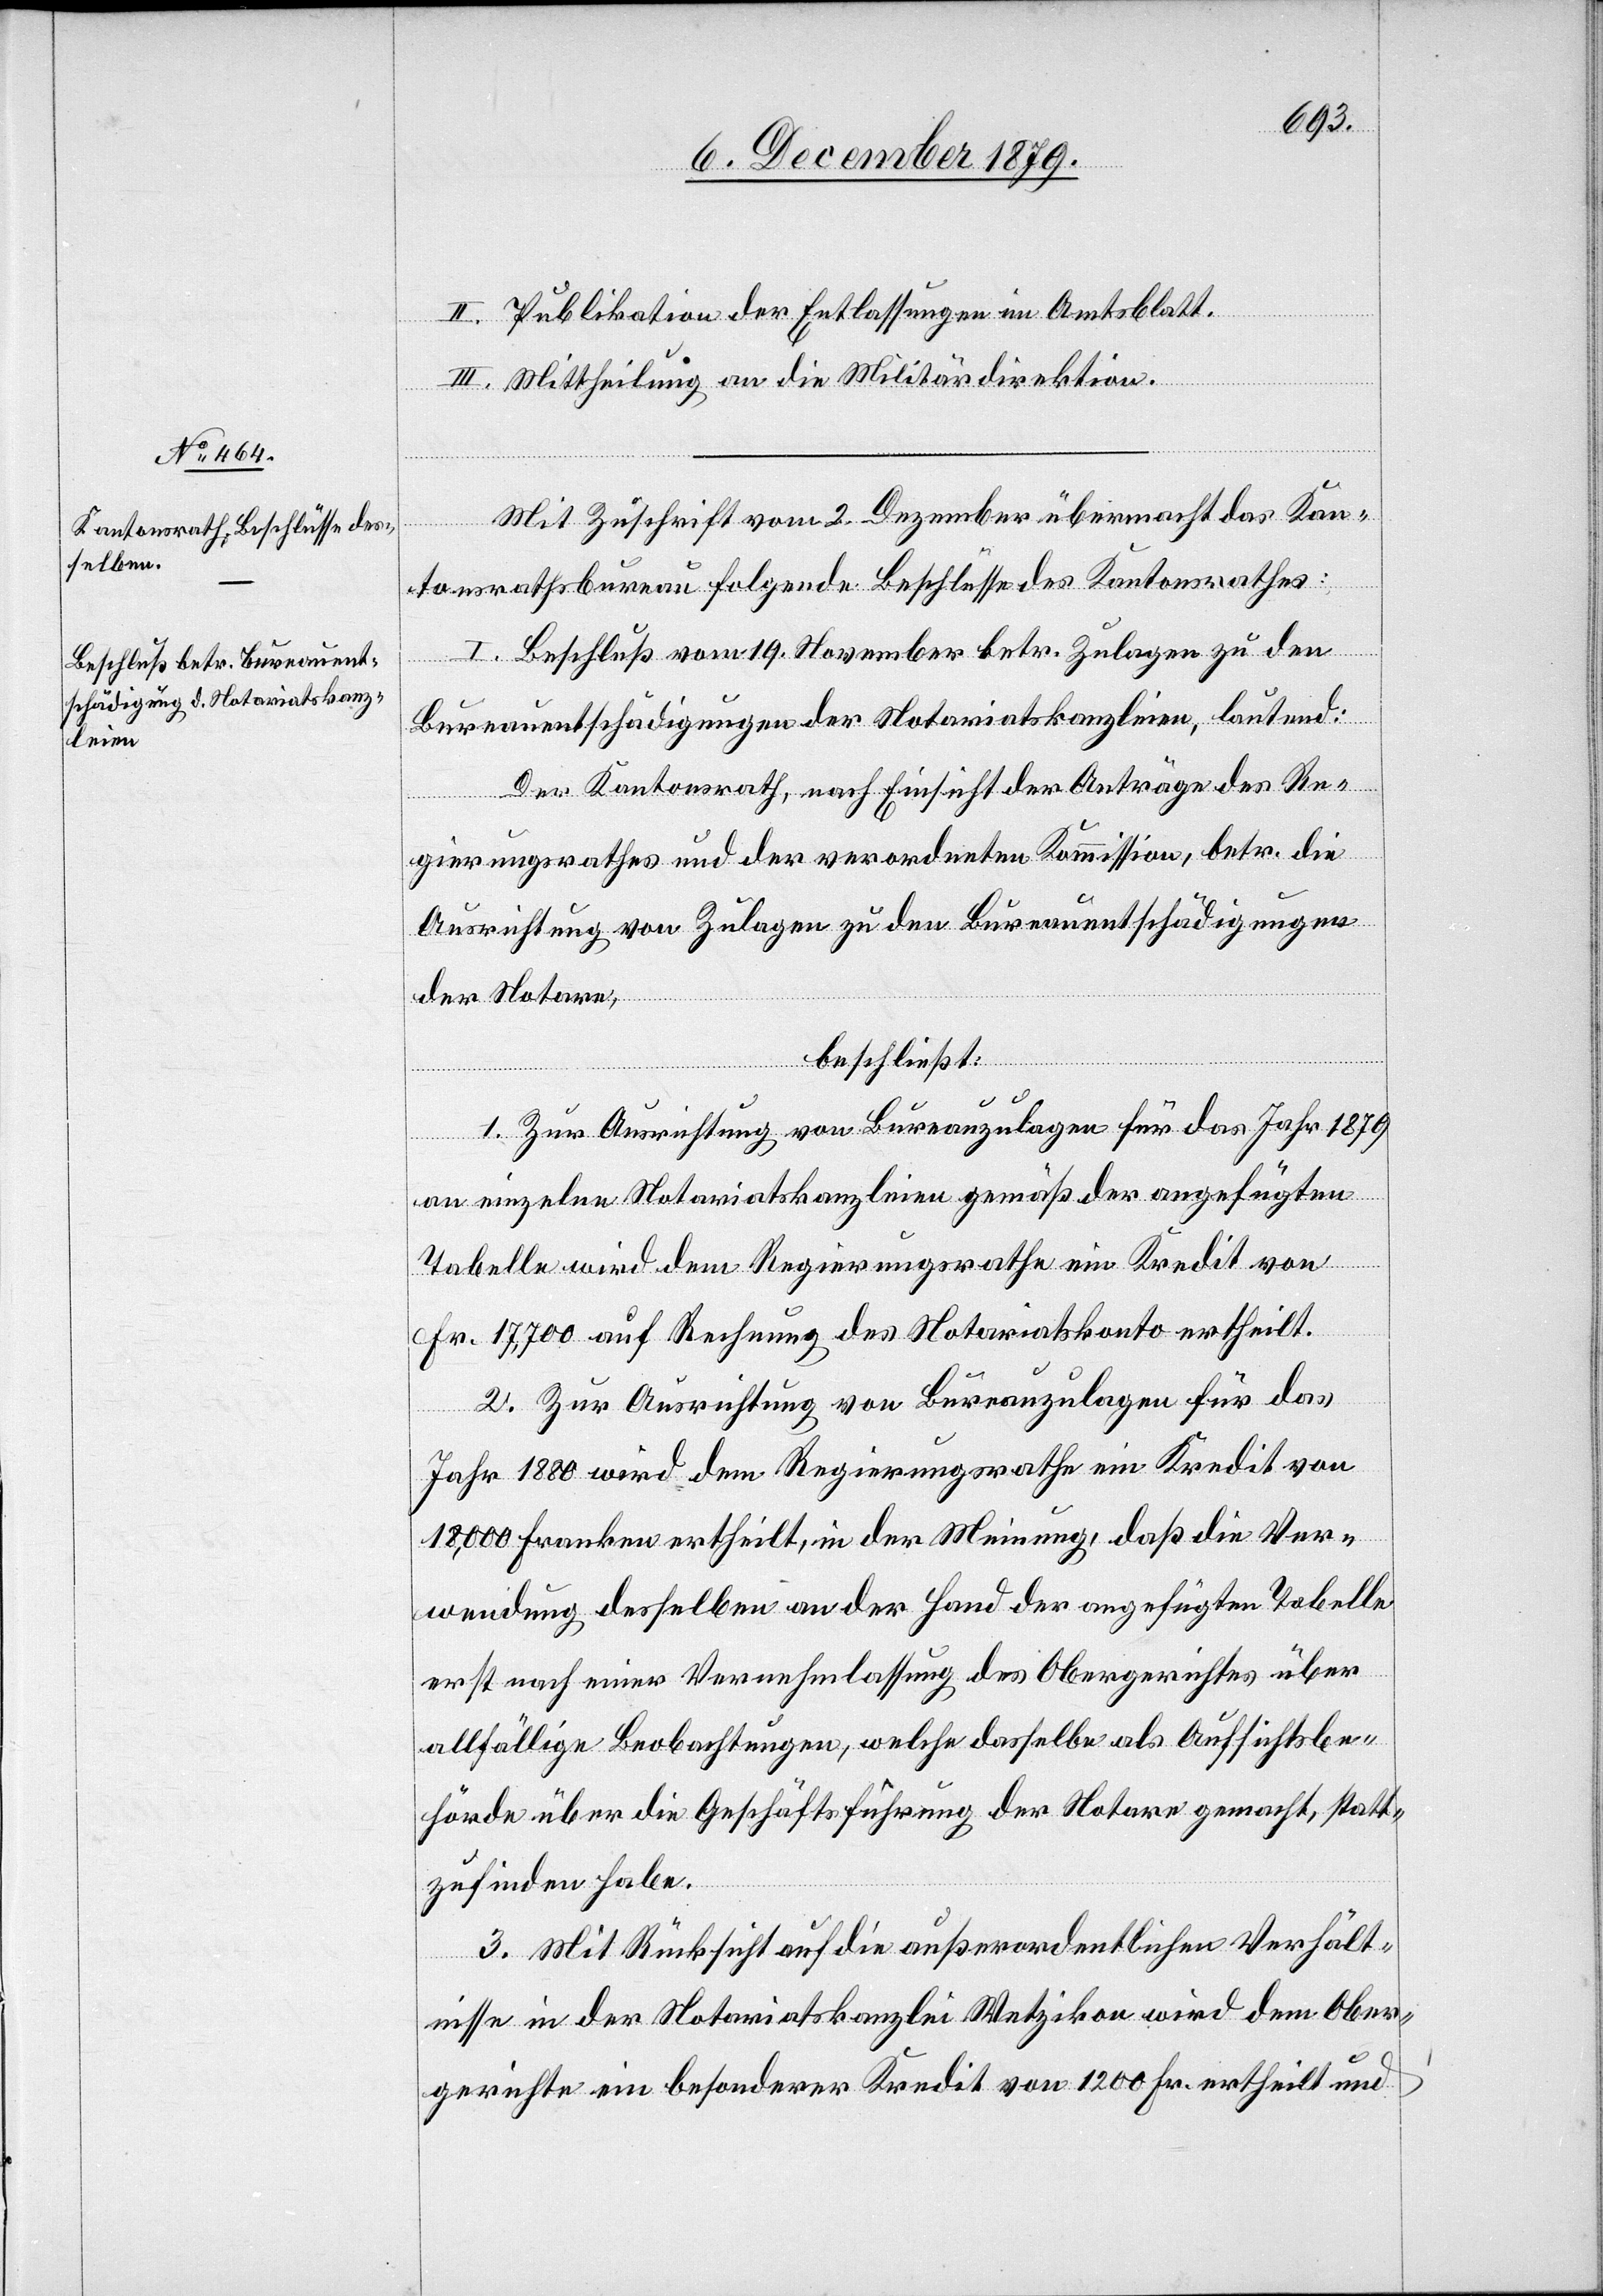
II. Publikation der Entlassungen im Amtsblatt.
III. Mittheilung an die Militärdirektion.
Mit Zuschrift vom 2. Dezember übermacht das Kan¬
tonsrathsbureau folgende Beschlüsse des Kantonsrathes:
I. Beschluß vom 19. November betr. Zulagen zu den
Bureauentschädigungen der Notariatskanzleien, lautend:
Der Kantonsrath, nach Einsicht der Anträge des Re¬
gierungsrathes und der verordneten Kommission, betr. die
Ausrichtung von Zulagen zu den Bureauentschädigungen
der Notare:
beschließt:
1. Zur Ausrichtung von Bureauauslagen für das Jahr 1879
an einzelne Notariatskanzleien gemäß der angefügten
Tabelle wird dem Regierungsrathe ein Kredit von
Fr. 17,700 auf Rechnung des Notariatskonto ertheilt.
2. Zur Ausrichtung von Bureauzulagen für das
Jahr 1880 wird dem Regierungsrathe ein Kredit von
18,000 Franken ertheilt, in der Meinung, daß die Ver¬
wendung desselben an der Hand der angefügten Tabelle
erst nach einer Vernehmlassung des Obergerichtes über
allfällige Beobachtungen, welche dasselbe als Aufsichtsbe¬
hörde über die Geschäftsführung der Notare gemacht, statt¬
zufinden habe.
3. Mit Rücksicht auf die außerordentlichen Verhält¬
nisse in der Notariatskanzlei Wetzikon wird dem Ober¬
gerichte ein besonderer Kredit von 1200 Fr. ertheilt und